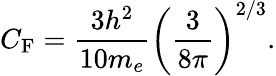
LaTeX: C_{\mathrm{F}}={\frac{3h^{2}}{10m_{e}}}\left({\frac{3}{8\pi}}\right)^{2/3}.